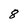
Character: 8